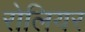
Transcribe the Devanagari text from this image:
रोलियर